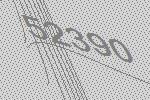
52390